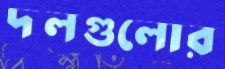
দলগুলোর